Report on vaccination in Madras 1922-1929 - 1922-1929
Year: 1922
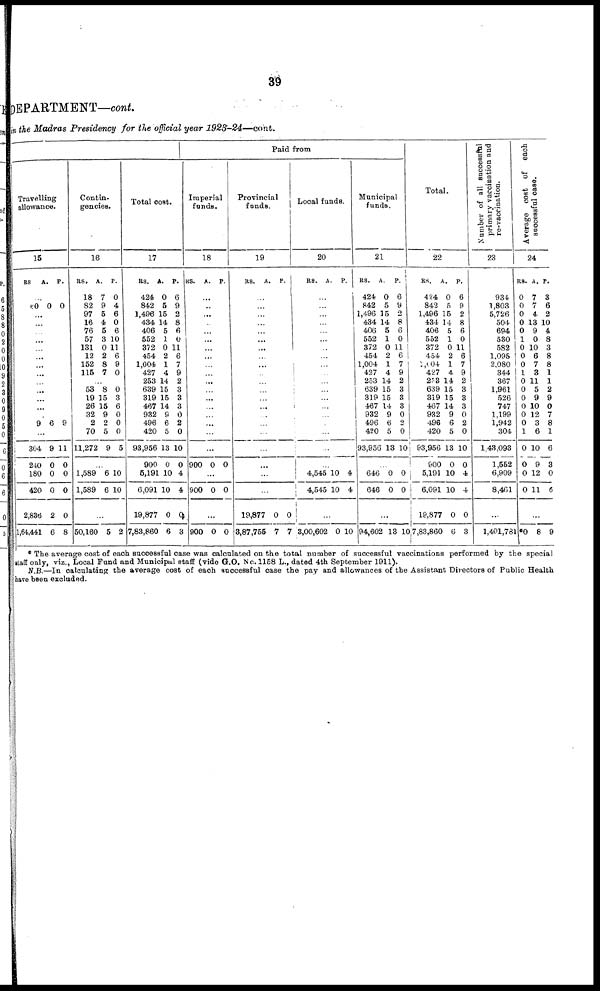
39
DEPARTMENT—cont.
in the Madras Presidency for the official year 1923-24—cont.
Travelling
allowance.
15
RS
A. P.
...
60 0 0
...
...
...
...
...
...
...
...
...
...
...
...
...
9 6 9
...
304
240
180
420
2,836
1,64,441
9
0
0
0
2
6
11
0
0
0
0
8
Contin-
gencies.
16
RS.
18
82
97
16
76
57
131
12
152
115
A.
7
9
5
4
5
3
0
2
8
7
P.
0
4
6
0
6
10
11
6
9
0
...
53
19
26
32
2
70
11,272
8
15
15
9
2
5
9
0
3
6
0
0
0
5
...
1,589
1,589
6
6
10
10
...
50,160 5 2
Total cost.
17
RS.
424
842
1,496
434
406
552
372
454
1,004
427
253
639
319
467
932
496
420
93,956
900
5,191
6,091
19,877
7,83,860
A.
0
5
15
14
5
1
0
2
1
4
14
15
15
14
9
6
5
13
0
10
10
0
6
P.
6
9
2
8
6
0
11
6
7
9
2
3
3
3
0
2
0
10
0
4
4
0
3
Paid from
Imperial
funds.
18
RS. A. P.
...
...
...
...
...
...
...
...
...
...
...
...
...
...
...
...
...
...
900 0 0
...
900 0 0
...
900 0 0
Provincial
funds.
19
RS.
A. P.
...
...
...
...
...
...
...
...
...
...
...
...
...
...
...
...
...
...
...
...
...
19,877
3,87,755
0
7
0
7
Local funds.
20
RS. A. P.
...
...
...
...
...
...
...
...
...
...
...
...
...
...
...
...
...
...
... 4,545
4,545
10
10
4
4
...
3,00,602 0 10
Municipal
funds.
21
RS.
424
842
1,496
434
406
552
372
454
1,004
427
253
639
319
467
932
496
420
93,956
A.
0
5
15
14
5
1
0
2
1
4
14
15
15
14
9
6
5
13
P.
6
9
2
8
6
0
11
6
7
9
2
3
3
3
0
2
0
10
...
646
646
0
0
0
0
...
94,602 13 10
Total.
22
RS.
424
842
1,496
434
406
552
372
454
1,104
427
253
639
319
467
932
496
420
93,956
900
5,191
6,091
19,877
7,83,860
A.
0
5
15
14
5
1
0
2
1
4
14
15
15
14
9
6
5
13
0
10
10
0
6
P.
6
9
2
8
6
0
11
6
7
9
2
3
3
3
0
2
0
10
0
4
4
0
3
Number of all successful
primary vaccination and
re-vaccination.
23
934
1,803
5,726
504
694
530
582
1,095
2,080
344
367
1,961
526
747
1,199
1,942
304
1,43,093
1,552
6,909
8,461
...
1,401,781
Average cost of each
successful case.
24
RS.
0
0
0
0
0
1
0
0
0
1
0
0
0
0
0
0
1
0
0
0
0
A.
7
7
4
13
9
0
10
6
7
3
11
5
9
10
12
3
6
10
9
12
11
P.
3
6
2
10
4
8
3
8
8
1
1
2
9
0
7
8
1
6
3
0
6
...
*0 8 9
* The average cost of each successful case was calculated on the total number of successful vaccinations performed by the special
staff only, viz., Local Fund and Municipal staff (vide G.O. No. 1158 L.,dated 4th September 1911).
N.B.—In calculating the average cost of each successful case the pay and allowances of the Assistant Directors of Public Health
have been excluded.